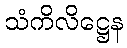
သံကိလိဋ္ဌေန